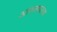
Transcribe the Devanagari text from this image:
आणवण्याव्चा